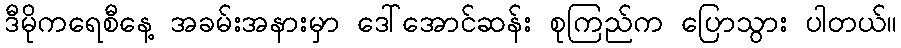
ဒီမိုကရေစီနေ့ အခမ်းအနားမှာ ဒေါ်အောင်ဆန်း စုကြည်က ပြောသွား ပါတယ်။